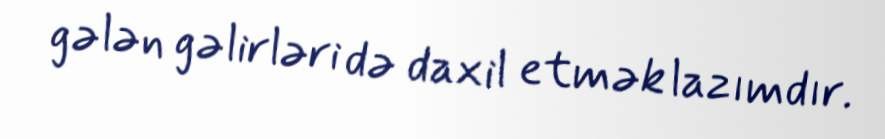
gələn gəlirləri də daxil etmək lazımdır.